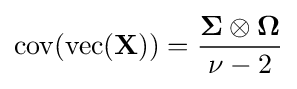
\mathrm {cov} (\mathrm {vec} (\mathbf {X} ))={\frac {{\boldsymbol {\Sigma }}\otimes {\boldsymbol {\Omega }}}{\nu -2}}